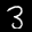
Label: 3